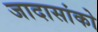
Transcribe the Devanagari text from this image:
जादासांको